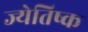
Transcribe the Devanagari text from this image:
ज्येतिष्क